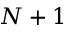
N + 1